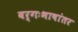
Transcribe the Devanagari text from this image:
वर्गःभाषांतर